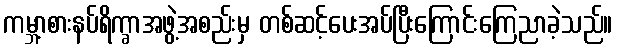
ကမ္ဘာ့စားနပ်ရိက္ခာအဖွဲ့အစည်းမှ တစ်ဆင့်ပေးအပ်ပြီးကြောင်းကြေညာခဲ့သည်။